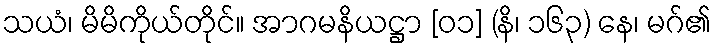
သယံ၊ မိမိကိုယ်တိုင်။ အာဂမနိယဋ္ဌာ [၀၁] (နိ၊ ၁၆၃) နေ၊ မဂ်၏